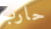
حارب